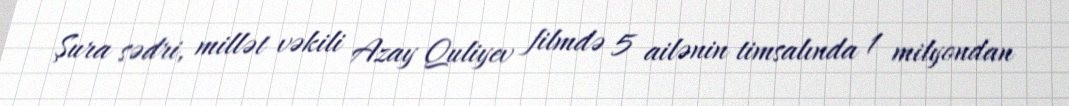
Şura sədri, millət vəkili Azay Quliyev filmdə 5 ailənin timsalında 1 milyondan